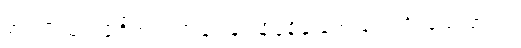
အကျိုးယုတ်ဖို့ရှိတယ်လို့ ချင့်ချင့်ချိန်ချိန် တွေးပေးလို့ရသေးတယ်။